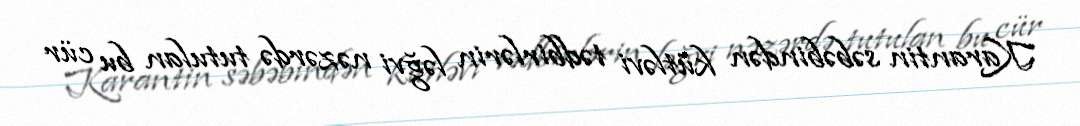
Karantin səbəbindən kütləvi tədbirlərin ləğvi nəzərdə tutulan bu cür